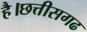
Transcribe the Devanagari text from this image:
है।छत्तीसगढ